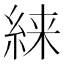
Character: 𱹴